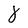
Character: 8